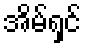
အိမ်ရှင်